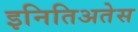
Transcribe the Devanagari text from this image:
इनितिअतेस